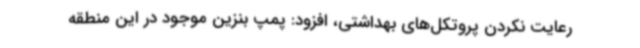
رعایت نکردن پروتکل‌های بهداشتی، افزود: پمپ بنزین موجود در این منطقه